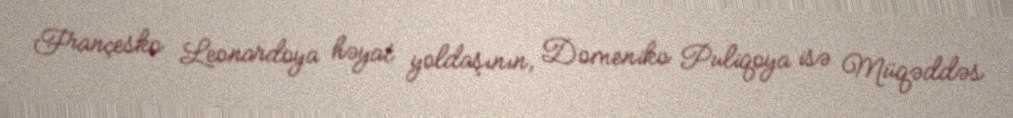
Françesko Leonardoya həyat yoldaşının, Domeniko Puliqoya isə Müqəddəs